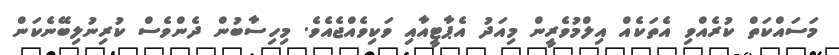
މަސައްކަތް ކުރެއްވި އެތަކެއް އިލްމުވެރީން މިއަދު އެޕާޓީއާއި ވަކިވެއްޖެއެވެ. މިހިސާބުން ދެންވެސް ކުރިނުލިބޭނެކަން